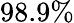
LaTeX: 98.9\%